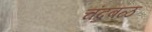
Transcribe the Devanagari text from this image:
चंद्रबळ